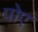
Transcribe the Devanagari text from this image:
पोए